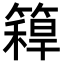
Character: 𥳼